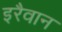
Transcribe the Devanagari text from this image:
इरैवान